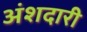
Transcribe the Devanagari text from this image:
अंशदारी